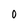
Character: 0